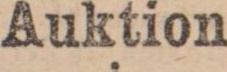
Auktion